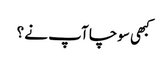
کبھی سوچا آپ نے ؟